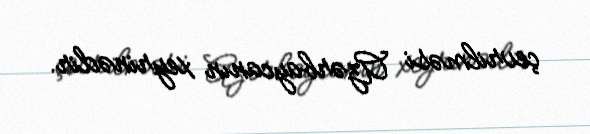
çevrilməsi Azərbaycanın xeyrinədir.